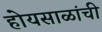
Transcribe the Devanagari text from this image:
होयसाळांची